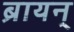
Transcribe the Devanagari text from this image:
ब्रायन्